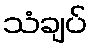
သံချပ်